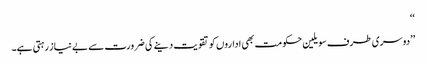
‘‘
’’دوسری طرف سویلین حکومت بھی اداروں کو تقویت دینے کی ضرورت سے بے نیاز رہتی ہے۔